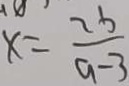
x = \frac { 2 b } { a - 3 }